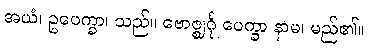
အယံ၊ ဥပေက္ခာ၊ သည်။ ဗောဇ္ဈင်္ဂု ပေက္ခာ နာမ၊ မည်၏။